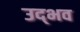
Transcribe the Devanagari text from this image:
उद्‍भव